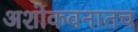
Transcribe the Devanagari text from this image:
अशोकवनातच